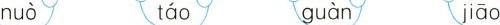
nuòtáoguànjiāo